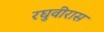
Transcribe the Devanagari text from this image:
रघुवीरास